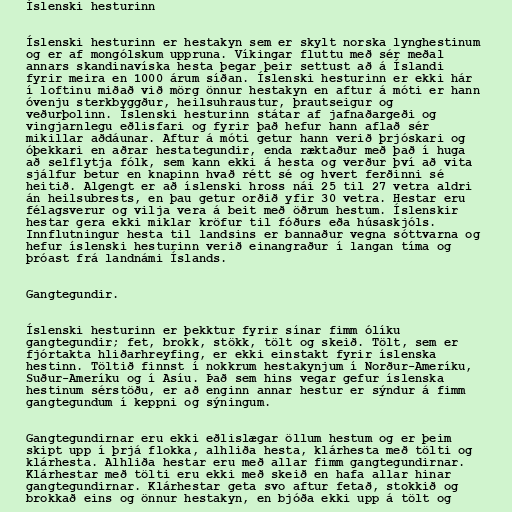
Íslenski hesturinn

Íslenski hesturinn er hestakyn sem er skylt norska lynghestinum
og er af mongólskum uppruna. Víkingar fluttu með sér meðal
annars skandinavíska hesta þegar þeir settust að á Íslandi
fyrir meira en 1000 árum síðan. Íslenski hesturinn er ekki hár
í loftinu miðað við mörg önnur hestakyn en aftur á móti er hann
óvenju sterkbyggður, heilsuhraustur, þrautseigur og
veðurþolinn. Íslenski hesturinn státar af jafnaðargeði og
vingjarnlegu eðlisfari og fyrir það hefur hann aflað sér
mikillar aðdáunar. Aftur á móti getur hann verið þrjóskari og
óþekkari en aðrar hestategundir, enda ræktaður með það í huga
að selflytja fólk, sem kann ekki á hesta og verður því að vita
sjálfur betur en knapinn hvað rétt sé og hvert ferðinni sé
heitið. Algengt er að íslenski hross nái 25 til 27 vetra aldri
án heilsubrests, en þau getur orðið yfir 30 vetra. Hestar eru
félagsverur og vilja vera á beit með öðrum hestum. Íslenskir
hestar gera ekki miklar kröfur til fóðurs eða húsaskjóls.
Innflutningur hesta til landsins er bannaður vegna sóttvarna og
hefur íslenski hesturinn verið einangraður í langan tíma og
þróast frá landnámi Íslands.

Gangtegundir.

Íslenski hesturinn er þekktur fyrir sínar fimm ólíku
gangtegundir; fet, brokk, stökk, tölt og skeið. Tölt, sem er
fjórtakta hliðarhreyfing, er ekki einstakt fyrir íslenska
hestinn. Töltið finnst í nokkrum hestakynjum í Norður-Ameríku,
Suður-Ameríku og í Asíu. Það sem hins vegar gefur íslenska
hestinum sérstöðu, er að enginn annar hestur er sýndur á fimm
gangtegundum í keppni og sýningum.

Gangtegundirnar eru ekki eðlislægar öllum hestum og er þeim
skipt upp í þrjá flokka, alhliða hesta, klárhesta með tölti og
klárhesta. Alhliða hestar eru með allar fimm gangtegundirnar.
Klárhestar með tölti eru ekki með skeið en hafa allar hinar
gangtegundirnar. Klárhestar geta svo aftur fetað, stokkið og
brokkað eins og önnur hestakyn, en bjóða ekki upp á tölt og